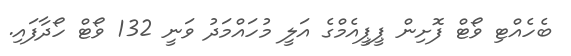
ބެހެއްޓި ވޯޓް ފޮށިން ޕީޕީއެމްގެ އަލީ މުހައްމަދު ވަނީ 132 ވޯޓް ހޯދާފައި.